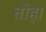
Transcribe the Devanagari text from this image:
तोहा